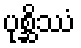
ပုစ္ဆိဿံ